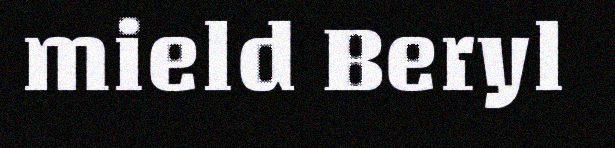
mield Beryl